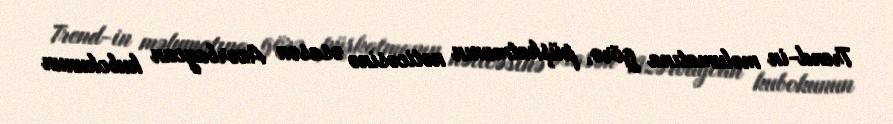
Trend-in məlumatına görə, püşkatmanın nəticəsinə əsasən Azərbaycan kubokunun